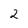
Character: 2